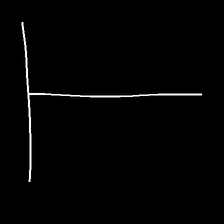
Glyph: column